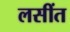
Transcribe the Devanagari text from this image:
लसींत